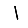
Digit: 1